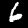
Digit: 6